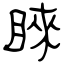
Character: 睞